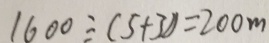
1 6 0 0 \div ( 5 + 3 ) ) = 2 0 0 m